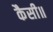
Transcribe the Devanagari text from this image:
कैसी॥